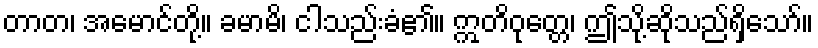
တာတ၊ အမောင်တို့။ ခမာမိ၊ ငါသည်းခံ၏။ ဣတိဝုတ္တေ၊ ဤသို့ဆိုသည်ရှိသော်။